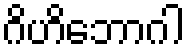
ဂိဟိဘောဂါ